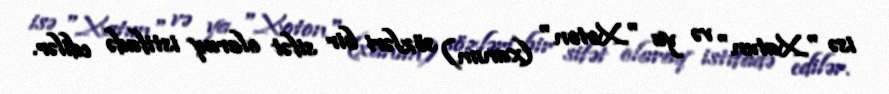
isə "Xatun" və ya "Xoton" (xanım) sözləri bir sifət olaraq istifadə edilər.